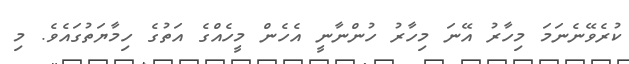
ކުރެވޭނެނަމަ މިހާރު އޭނަ މިހާރު ހުންނާނީ އެހެން މީހެއްގެ އަތުގެ ހިމާޔަތުގައެވެ. މި